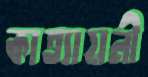
কাত্যায়নী